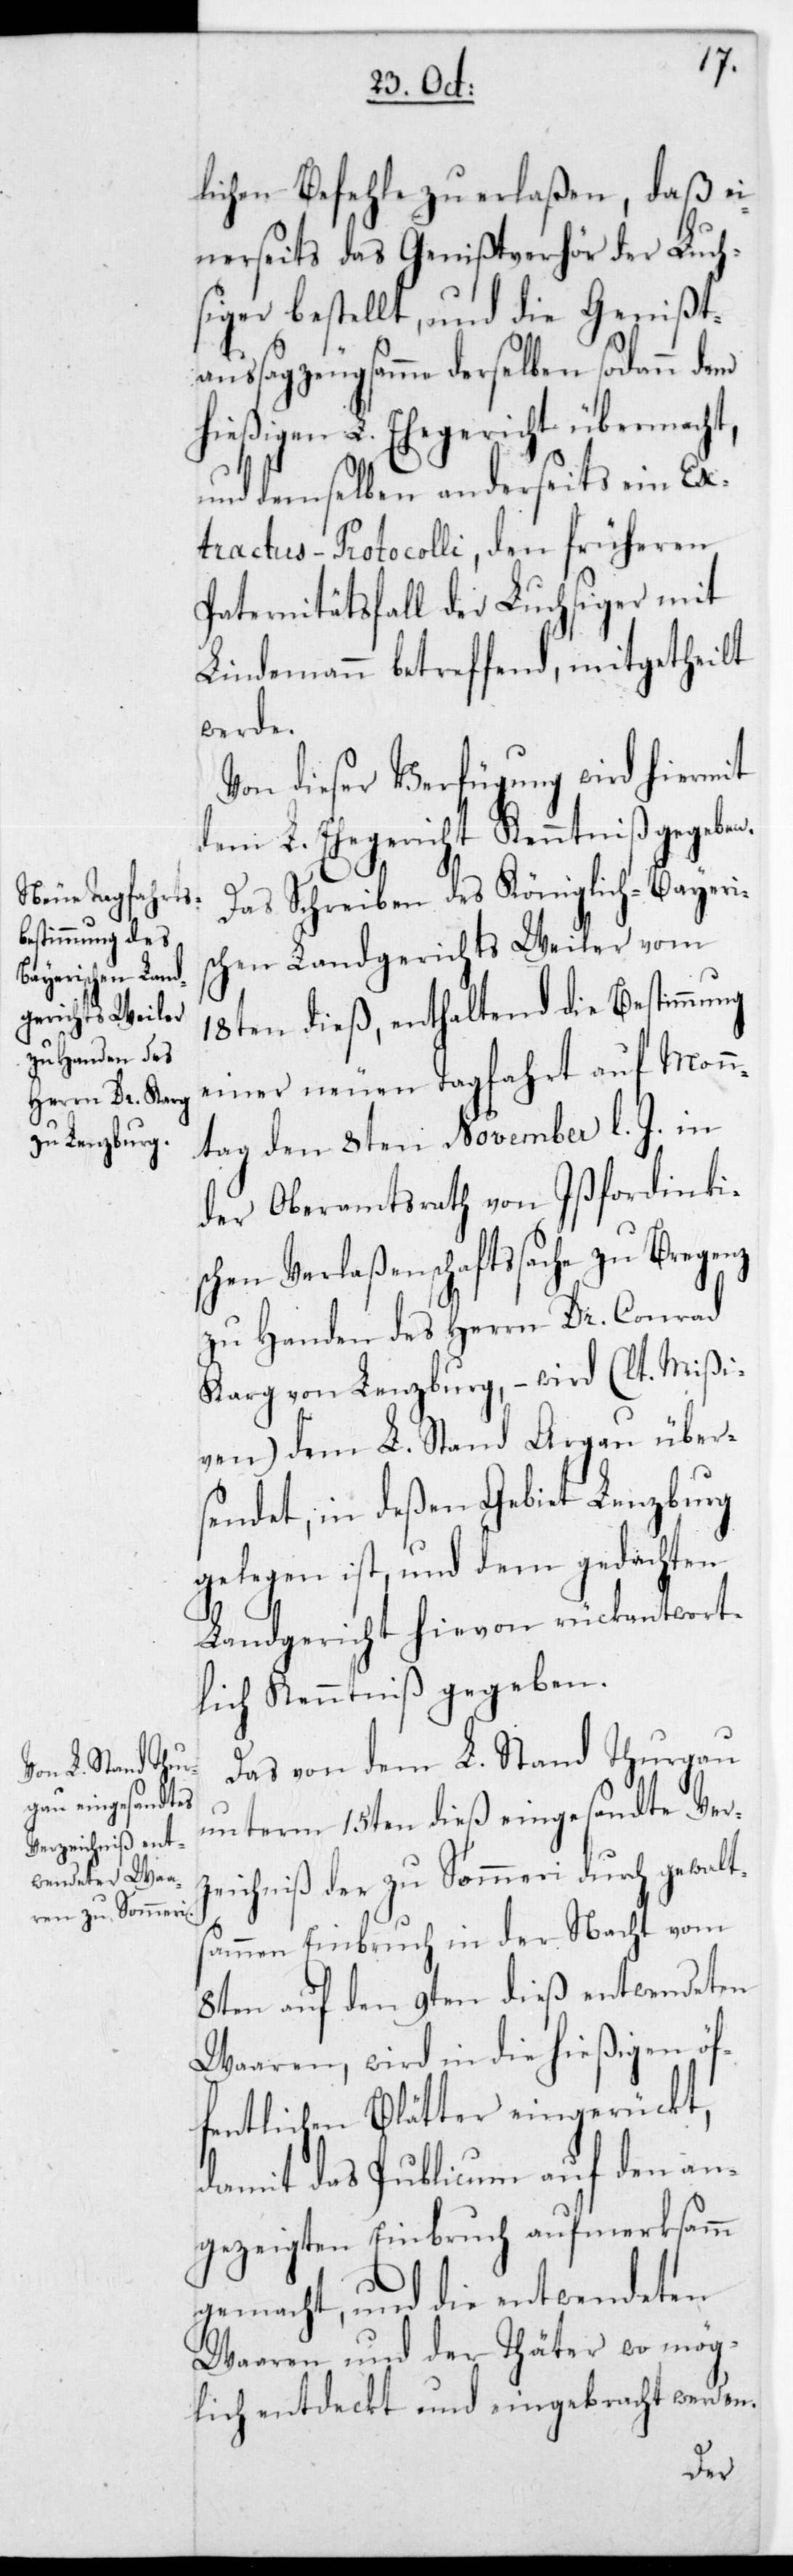
lichen Befehle zu erlaßen, daß ei¬
nerseits das Genißtverhör der Luch¬
siger bestellt, und die Genißt¬
aussagzeugsamme derselben sodann dem
hießigen L. Ehegericht übermacht,
und demselben anderseits ein Ex¬
tractus-Protocolli, den früheren
Paternitätsfall der Luchsiger mit
Lindemann betreffend, mitgetheilt
werde.
Von dieser Verfügung wird hiermit
dem L. Ehegericht Kenntniß gegeben.
Das Schreiben des Königlich-Bayeri¬
schen Landgerichts Weiler vom
18ten dieß, enthaltend die Bestimmung
einer neuen Tagfahrt auf Monn¬
tag den 8ten November l. J. in
der Oberamtsrath von Ißfordinki¬
schen Verlaßenschaftssache zu Bregenz
zu Handen des Herrn Dr. Conrad
Karg von Lenzburg, – wird (lt. Mißi¬
ven) dem L. Stand Aargau über¬
sendet; in deßen Gebiet Lenzburg
gelegen ist, und dem gedachten
Landgericht hievon rückantwort¬
lich Kenntniß gegeben.
Das von dem L. Stand Thurgau
unterm 15ten dieß eingesandte Ver¬
zeichniß der zu Sommeri durch gewalt¬
sammen Einbruch in der Nacht vom
8ten auf den 9ten dieß entwendeten
Waaren, wird in die hießigen öf¬
fentlichen Blätter eingerückt,
damit das Publicum auf den an¬
gezeigten Einbruch aufmerksamm
gemacht, und die entwendeten
Waaren und der thäter wo mög¬
lich entdeckt und eingebracht werden.